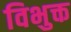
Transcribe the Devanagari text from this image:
विभुक्त